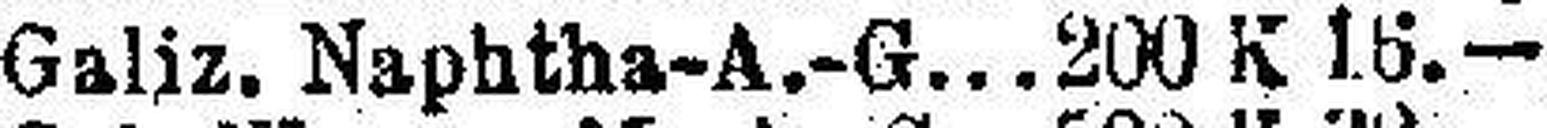
Galiz. Naphtha-A.-G. 200 K 16.—